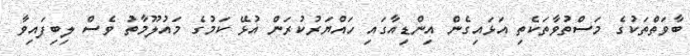
ބާވަތްތަކުގެ މަސްތުވާތަކެތި އަޅައިގެން އިންޑިއާގައި ހައްޔަރުކުރަން އުޅޭ ކަމުގެ މައުލޫމާތު ވެސް ލިބިފައިވާ